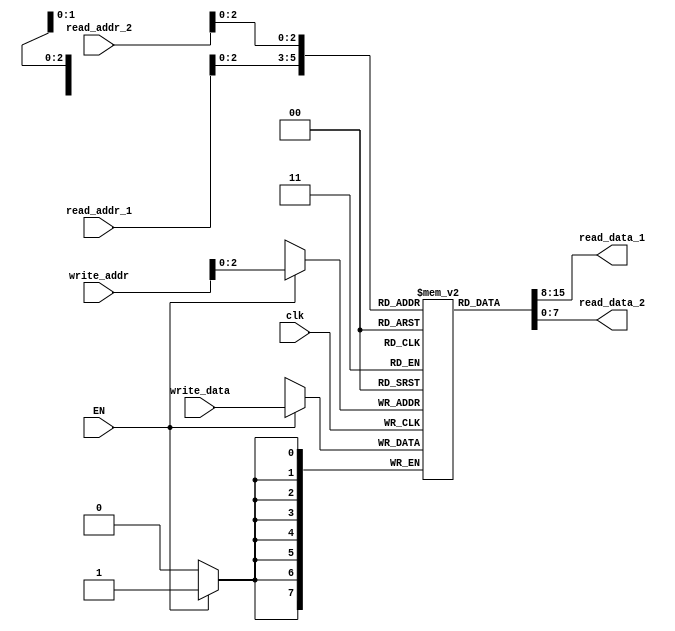
module registers (input EN,
                  input clk,
                  input [3:0] write_addr,
                  input [7:0] write_data,
                  input [3:0] read_addr_1,
                  output [7:0] read_data_1,
                  input [3:0] read_addr_2,
                  output [7:0] read_data_2
                  );
    
    reg [7:0] regs [7:0];
    // wire [3:0] read_addr_1;
    // wire [3:0] read_addr_2;
    
    initial begin
        regs[0] = 8'd0;
        regs[1] = 8'd0;
        regs[2] = 8'd0;
        regs[3] = 8'd0;
        regs[4] = 8'd0;
        regs[5] = 8'd0;
        regs[6] = 8'd0;
        regs[7] = 8'd0;
    end
    
    always @(posedge(clk)) begin
        
        if (EN) begin
            regs[write_addr] <= write_data;
        end
    end
    
    // wire [2:0] addr_1, addr_2;
    // // assign addr_1 = read_addr_1[2:0];
    // // assign addr_2 = read_addr_2[2:0];


    assign read_data_1 = regs[read_addr_1];
    assign read_data_2 = regs[read_addr_2];
    
endmodule